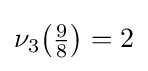
\nu _{3}{\bigl (}{\tfrac {9}{8}}{\bigr )}=2